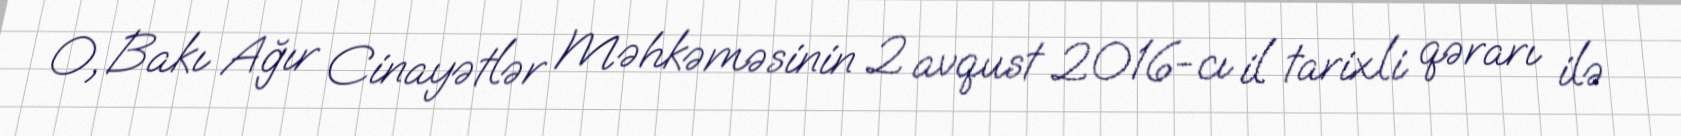
O, Bakı Ağır Cinayətlər Məhkəməsinin 2 avqust 2016-cı il tarixli qərarı ilə